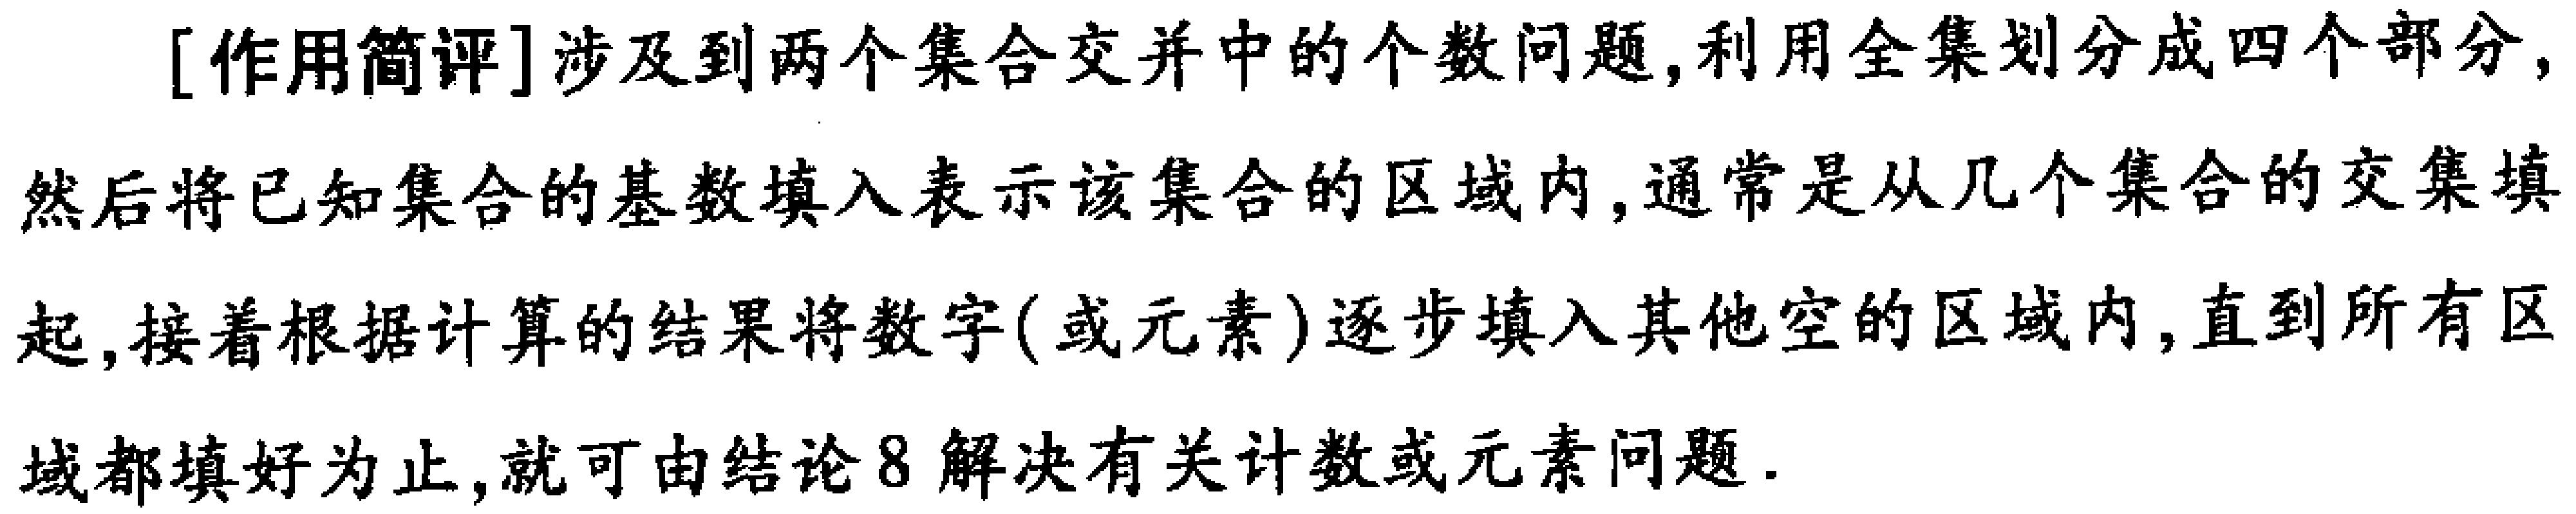
[作用简评]涉及到两个集合交并中的个数问题,利用全集划分成四个部分,然后将已知集合的基数填入表示该集合的区域内,通常是从几个集合的交集填起,接着根据计算的结果将数字(或元素)逐步填入其他空的区域内,直到所有区域都填好为止,就可由结论8解决有关计数或元素问题.